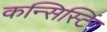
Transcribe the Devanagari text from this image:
कन्सिस्टिंग